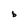
Character: b